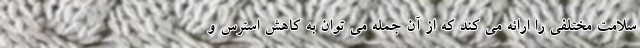
سلامت مختلفی را ارائه می کند که از آن جمله می توان به کاهش استرس و